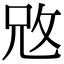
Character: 𢼙